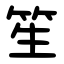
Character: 笙